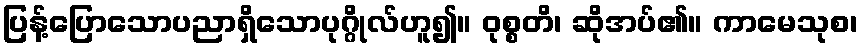
ပြန့်ပြောသောပညာရှိသောပုဂ္ဂိုလ်ဟူ၍။ ဝုစ္စတိ၊ ဆိုအပ်၏။ ကာမေသုစ၊